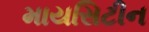
માયસિટીન